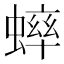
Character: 𫋔